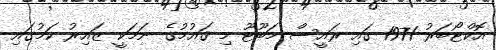
އޮކްޓޯބަރު 1971 ގައި ރައީސް މަބޫޓޫ މި ޤައުމުގެ ނަމަކީ ޒައިރު ކަމުގައި